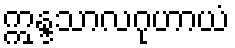
ဣန္ဒသာလဂုဟာယံ